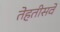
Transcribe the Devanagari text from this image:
तेहतीसवे